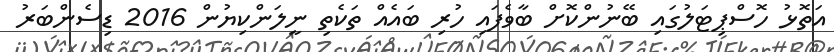
އަތޮޅު ހޮސްޕިޓަލުގައި ބޭނުންކޮށް ބާވެފައި ހުރި ބައެއް ތަކެތި ނީލަންކިޔުން 2016 ޑިސެންބަރު